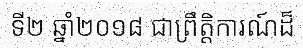
ទី២ ឆ្នាំ២០១៨ ជាព្រឹត្តិការណ៍ដ៏